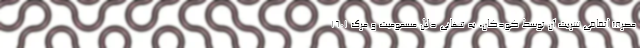
مصرف اتفاقی شربت آن توسط کودکان، به تنهایی دلیل مسمومیت و مرگ 1601